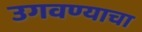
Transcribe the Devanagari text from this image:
उगवण्याचा